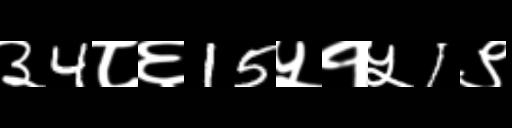
Text: ३4८६15५१५1९